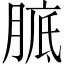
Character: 𦝉